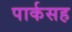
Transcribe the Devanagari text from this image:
पार्कसह